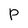
Character: p